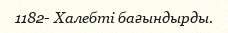
1182- Халебті бағындырды.